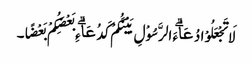
لَا تَجْعَلُوْا دُعَاۗءَ الرَّسُوْلِ بَیْنَکُمْ کَدُعَاۗءِ بَعْضِکُمْ بَعْضًا۔